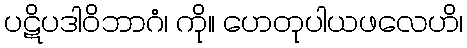
ပဋိပဒါဝိဘာဂံ၊ ကို။ ဟေတုပါယဖလေဟိ၊